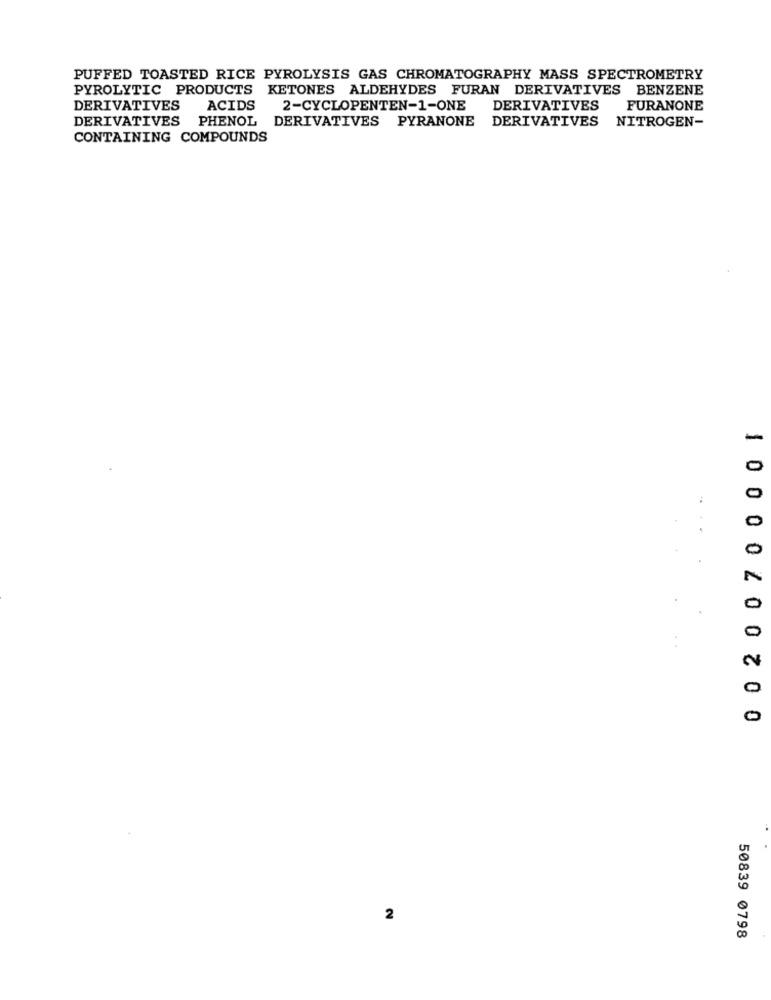
PUFFED TOASTED RICE PYROLYSIS GAS CHROMATOGRAPHY MASS SPECTROMETRY
PYROLYTIC PRODUCTS KETONES ALDEHYDES FURAN DERIVATIVES BENZENE
DERIVATIVES ACIDS
2-CYCLOPENTEN-1-ONE
DERIVATIVES
FURANONE
DERIVATIVES PHENOL DERIVATIVES PYRANONE
DERIVATIVES NITROGEN-
CONTAINING COMPOUNDS
-
0
0
0
1 100002 0 0 200
2
50839 0798